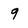
Character: 9